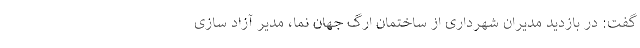
گفت: در بازدید مدیران شهرداری از ساختمان ارگ جهان نما، مدیر آزاد سازی